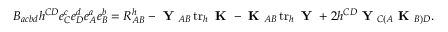
B _ { a c b d } h ^ { C D } e _ { C } ^ { c } e _ { D } ^ { d } e _ { A } ^ { a } e _ { B } ^ { b } = R _ { A B } ^ { h } - \textup { \textbf Y } _ { A B } \operatorname { t r } _ { h } \textup { \textbf K } - \textup { \textbf K } _ { A B } \operatorname { t r } _ { h } \textup { \textbf Y } + 2 h ^ { C D } \textup { \textbf Y } _ { C ( A } \textup { \textbf K } _ { B ) D } .